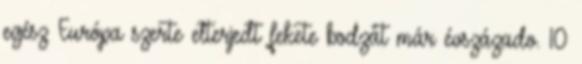
egész Európa szerte elterjedt fekete bodzát már évszázado. 10